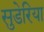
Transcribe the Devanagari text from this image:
सुडेरिया